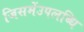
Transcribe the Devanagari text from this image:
जिसमेंउपलब्धि